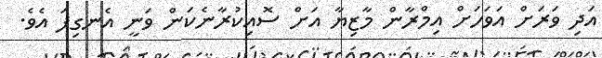
އަދި ވަރަށް އަވަހަށް އިމްރާން މާޒިޔާ އަށް ސޮއިކުރާނެކަން ވަނީ އެނގިފަ އެވެ.